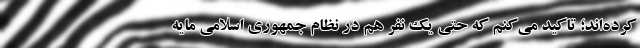
کرده‌اند؛ تاکید می‌کنم که حتی یک نفر هم در نظام جمهوری اسلامی مایه